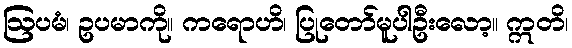
ဩပမံ၊ ဥပမာကို။ ကရောဟိ၊ ပြုတော်မူပါဦးလော့။ ဣတိ၊